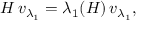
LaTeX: H \, v _ { \lambda _ { 1 } } = \lambda _ { 1 } ( H ) \, v _ { \lambda _ { 1 } } ,